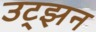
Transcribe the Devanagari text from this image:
उट्झन